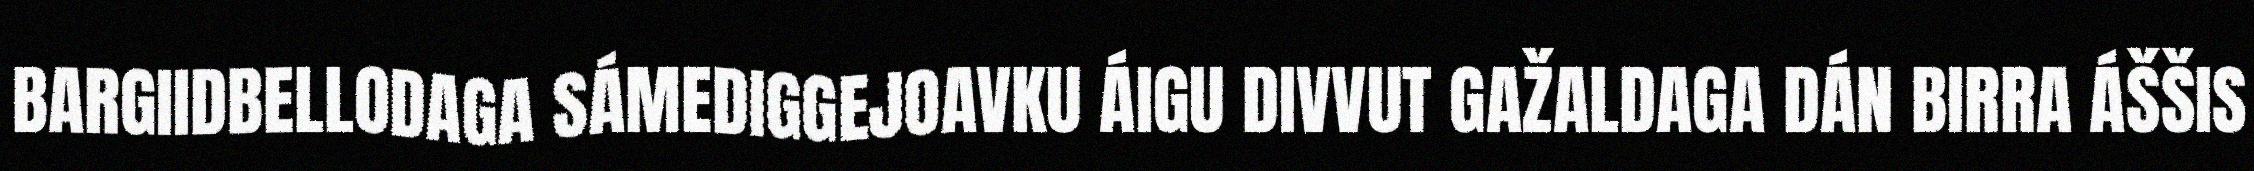
BARGIIDBELLODAGA SÁMEDIGGEJOAVKU ÁIGU DIVVUT GAŽALDAGA DÁN BIRRA ÁŠŠIS